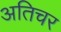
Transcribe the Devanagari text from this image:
अतिचर